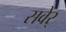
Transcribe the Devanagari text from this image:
सवेर्